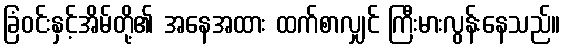
ခြံဝင်းနှင့်အိမ်တို့၏ အနေအထား ထက်စာလျှင် ကြီးမားလွန်းနေသည်။